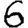
Digit: 6